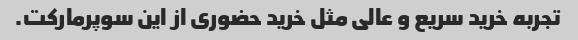
تجربه خرید سریع و عالی مثل خرید حضوری از این سوپرمارکت.